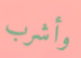
وأشرب